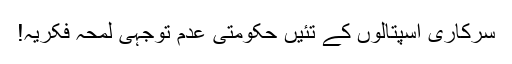
سرکاری اسپتالوں کے تئیں حکومتی عدم توجہی لمحہ فکریہ!